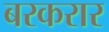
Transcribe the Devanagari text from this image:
बरकरार